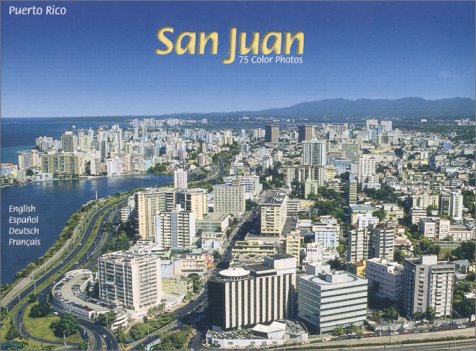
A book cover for San Juan, Puerto Rico; Mark Drenth; Travel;